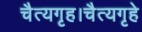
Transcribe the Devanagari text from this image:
चैत्यगृह।चैत्यगृहे